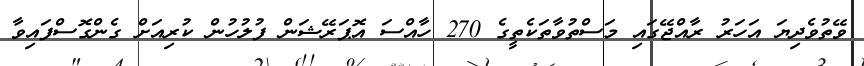
ވޭތުވެދިޔަ އަހަރު ރާއްޖޭގައި މަސްތުވާތަކެތީގެ 270 ހާއްސަ އޮޕަރޭޝަން ފުލުހުން ކުރިއަށް ގެންގޮސްފައިވާ